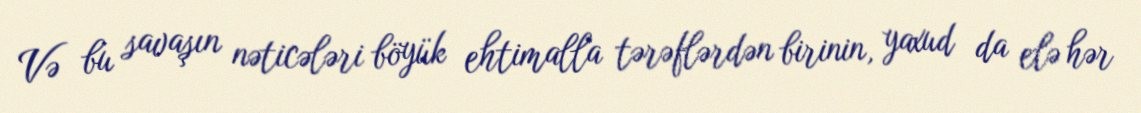
Və bu savaşın nəticələri böyük ehtimalla tərəflərdən birinin, yaxud da elə hər